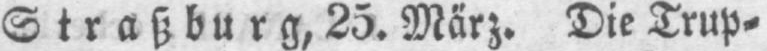
Straßburg‚ 25. März. Die Trup⸗